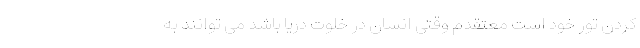
کردن تور خود است معتقدم وقتی انسان در خلوت دریا باشد می توانند به